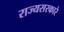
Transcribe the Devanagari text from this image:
राज्यसरकारे